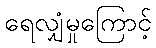
ရေလျှံမှုကြောင့်